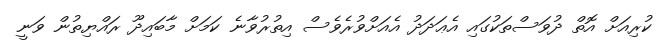
ކުރިއަށް އޮތް ދުވަސްތަކުގައި އެޢަދަދު އެއަށްވުރެވެސް އިތުރުވާނެ ކަމަށް މާބައިދޫ ރައްޔިތުން ވަނީ